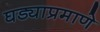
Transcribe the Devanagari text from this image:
घड्याप्रमाणे